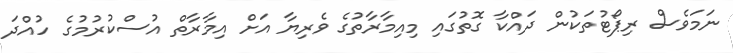
ނަމަވެސް ރިޕޯޓުތަކުން ދައްކާ ގޮތުގައި މިއިމާރާތުގެ ވެރިޔާ އަށް އިމާރާތް އުސްކުރުމުގެ ހުއްދަ